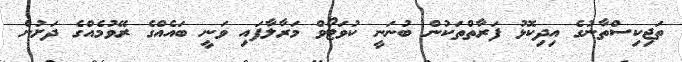
ތަޖިކިސްތާނުގެ އިދިކޮޅު ފަރާތްތަކުން ބުނަނީ ކުވަޓޯވް މަރާލާފައި ވަނީ ބައެއްގެ ރޭވުމެއްގެ ދަށުން